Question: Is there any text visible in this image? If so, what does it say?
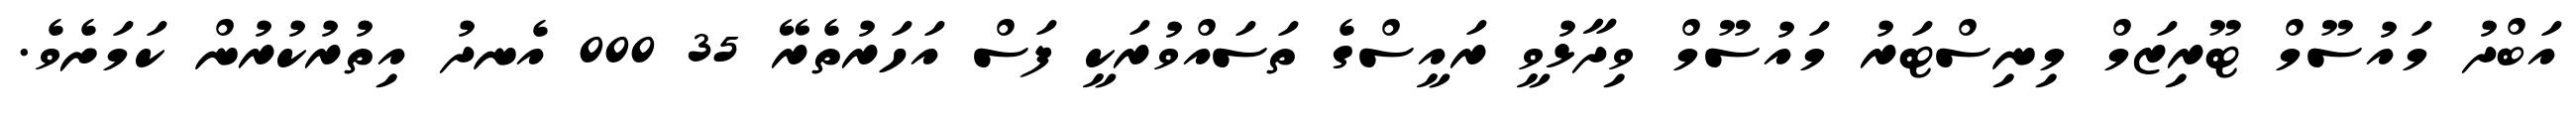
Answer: އަބްދު މައުސޫމް ޓޫރިޒަމް މިނިސްޓަރު މައުސޫމް ވިދާޅުވީ ރައީސްގެ ތަސައްވުރަކީ ފަސް އަހަރުތެރޭ 35 000 އެނދު އިތުރުކުރުން ކަމަށެވެ.